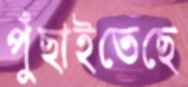
পুঁছাইতেছে